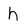
Character: h